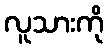
လူသားကို